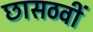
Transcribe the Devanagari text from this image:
छासठवीं